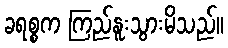
ခရစ္စက ကြည်နူးသွားမိသည်။